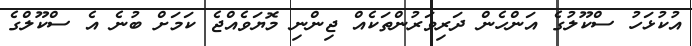
އުކުޅަހު ސްކޫލުގެ އަންހެން ދަރިވަރުންތަކެއް ޖިންނި މޮޔަވެއްޖެ ކަމަށް ބުނެ އެ ސްކޫލްގެ